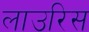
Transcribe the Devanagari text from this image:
लाउरिस